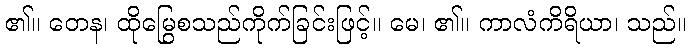
၏။ တေန၊ ထိုမြွေစသည်ကိုက်ခြင်းဖြင့်။ မေ၊ ၏။ ကာလံကိရိယာ၊ သည်။